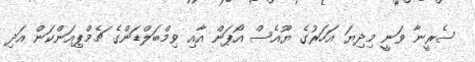
ސެރީނާ ވަނީ މިދިޔަ އަހަރުގެ ޔޫއެސް އޯޕަން އާއި ވިމްބަލްޑަންގެ ޗެމްޕިއަންކަން އަދި